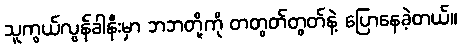
သူကွယ်လွန်ခါနီးမှာ ဘဘတို့ကို တတွတ်တွတ်နဲ့ ပြောနေခဲ့တယ်။